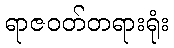
ရာဇဝတ်တရားရုံး